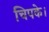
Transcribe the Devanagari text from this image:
चिपके।